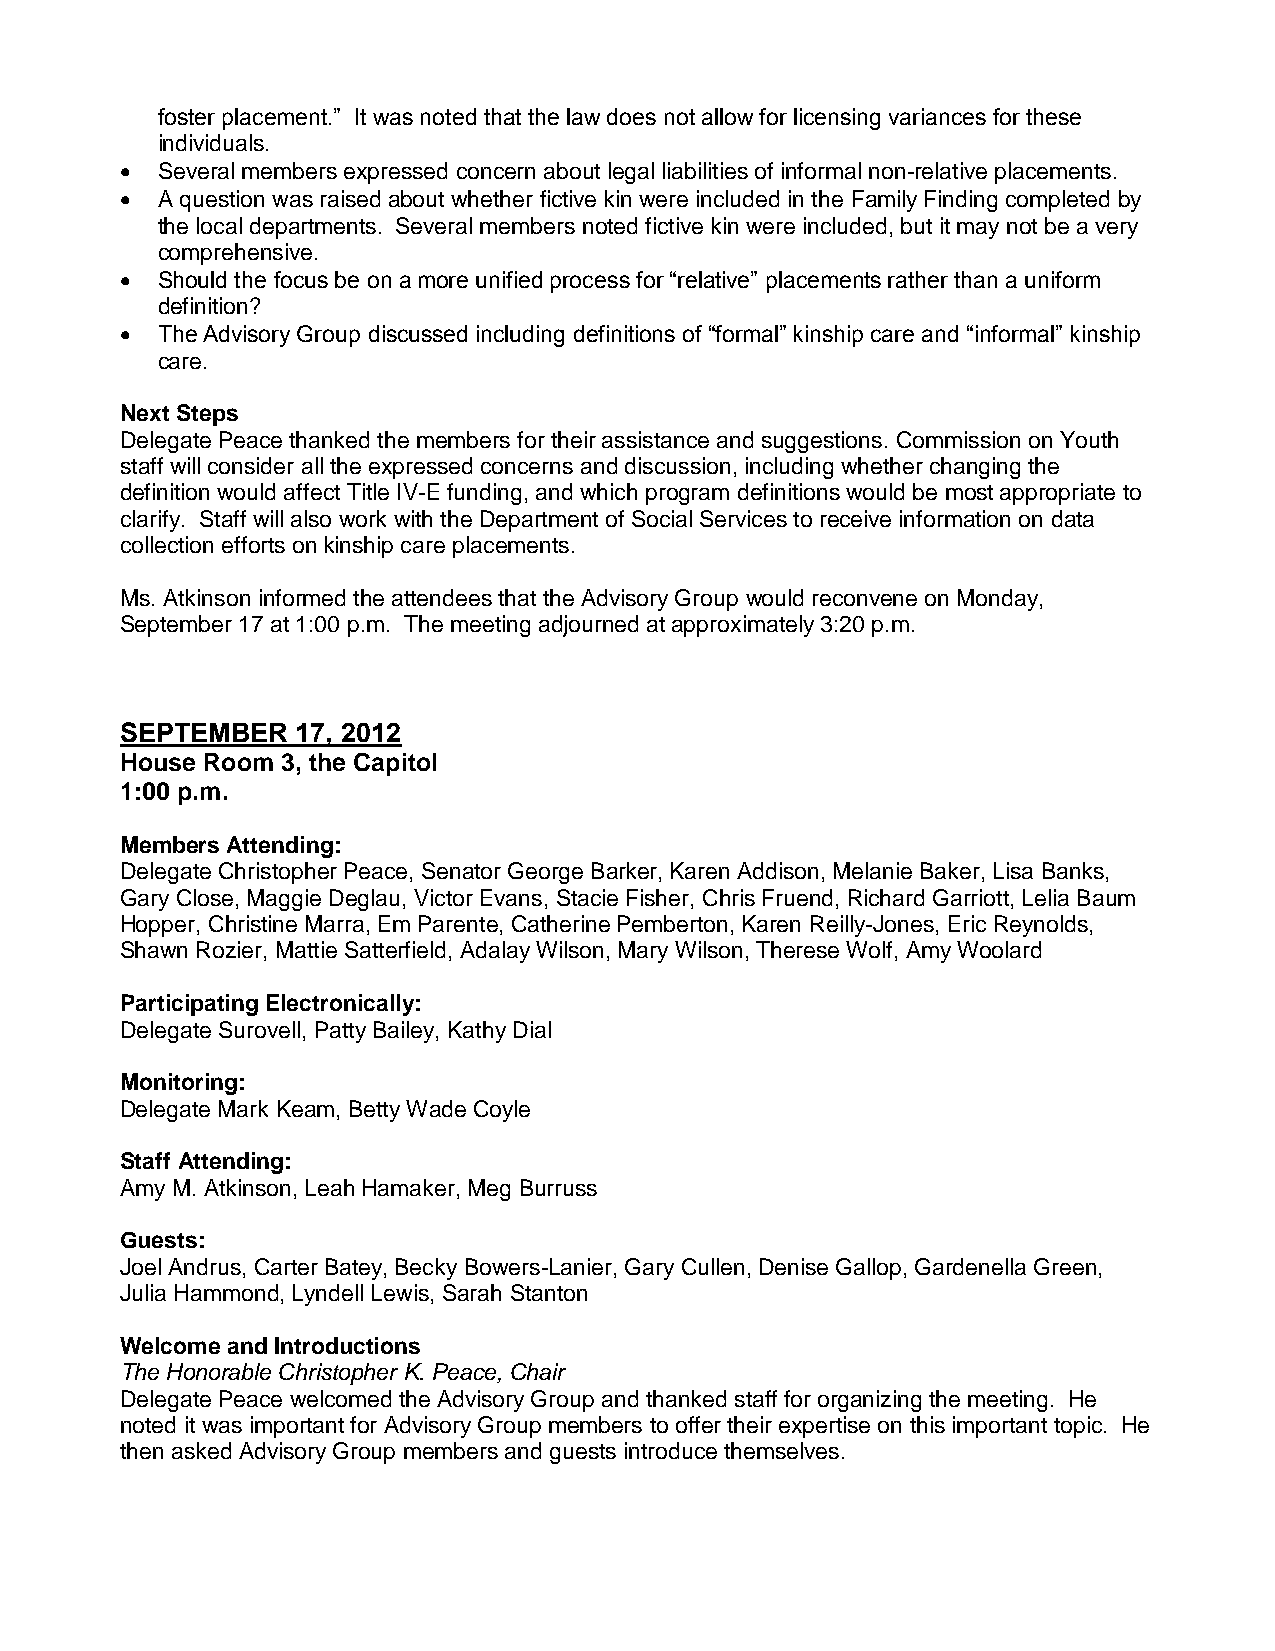
foster placement.” It was noted that the law does not allow for licensing variances for these
 individuals.
  Several members expressed concern about legal liabilities of informal non-relative placements.
  A question was raised about whether fictive kin were included in the Family Finding completed by
 the local departments. Several members noted fictive kin were included, but it may not be a very
 comprehensive.
  Should the focus be on a more unified process for “relative” placements rather than a uniform
 definition?
  The Advisory Group discussed including definitions of “formal” kinship care and “informal” kinship
 care.
 Next Steps
 Delegate Peace thanked the members for their assistance and suggestions. Commission on Youth
 staff will consider all the expressed concerns and discussion, including whether changing the
 definition would affect Title IV-E funding, and which program definitions would be most appropriate to
 clarify. Staff will also work with the Department of Social Services to receive information on data
 collection efforts on kinship care placements.
 Ms. Atkinson informed the attendees that the Advisory Group would reconvene on Monday,
 September 17 at 1:00 p.m. The meeting adjourned at approximately 3:20 p.m.
 SEPTEMBER   17, 2012
 House Room 3, the Capitol
 1:00 p.m.
 Members Attending:
 Delegate Christopher Peace, Senator George Barker, Karen Addison, Melanie Baker, Lisa Banks,
 Gary Close, Maggie Deglau, Victor Evans, Stacie Fisher, Chris Fruend, Richard Garriott, Lelia Baum
 Hopper, Christine Marra, Em Parente, Catherine Pemberton, Karen Reilly-Jones, Eric Reynolds,
 Shawn Rozier, Mattie Satterfield, Adalay Wilson, Mary Wilson, Therese Wolf, Amy Woolard
 Participating Electronically:
 Delegate Surovell, Patty Bailey, Kathy Dial
 Monitoring:
 Delegate Mark Keam, Betty Wade Coyle
 Staff Attending:
 Amy M. Atkinson, Leah Hamaker, Meg Burruss
 Guests:
 Joel Andrus, Carter Batey, Becky Bowers-Lanier, Gary Cullen, Denise Gallop, Gardenella Green,
 Julia Hammond, Lyndell Lewis, Sarah Stanton
 Welcome and Introductions
 The Honorable Christopher K. Peace, Chair
 Delegate Peace welcomed the Advisory Group and thanked staff for organizing the meeting. He
 noted it was important for Advisory Group members to offer their expertise on this important topic. He
 then asked Advisory Group members and guests introduce themselves.